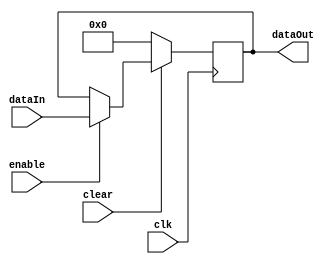
module reg16 (
input enable, clear, clk,
input [15:0] dataIn,
output [15:0] dataOut
);

reg [15:0] regValue;

assign dataOut = regValue;

always @(posedge clk)
if (~clear) begin
  regValue <= 16'b0;
end else if (enable) begin
  regValue <= dataIn;
end

endmodule